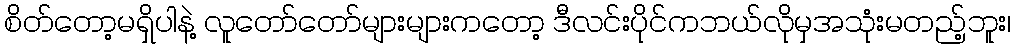
စိတ်တော့မရှိပါနဲ့ လူတော်တော်များများကတော့ ဒီလင်းပိုင်ကဘယ်လိုမှအသုံးမတည့်ဘူး၊